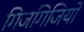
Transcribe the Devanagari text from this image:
गिजगिजियों